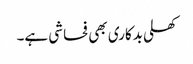
کھلی بدکاری بھی فحاشی ہے۔